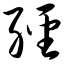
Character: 经